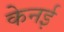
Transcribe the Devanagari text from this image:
केनई